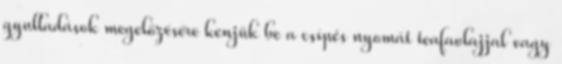
gyulladások megelőzésére kenjük be a csípés nyomát teafaolajjal vagy